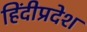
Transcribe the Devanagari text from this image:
हिंदीप्रदेश